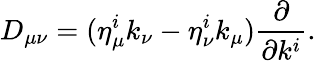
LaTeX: D_{\mu\nu}=(\eta_{\mu}^{i}k_{\nu}-\eta_{\nu}^{i}k_{\mu}){\frac{\partial}{\partial k^{i}}}.